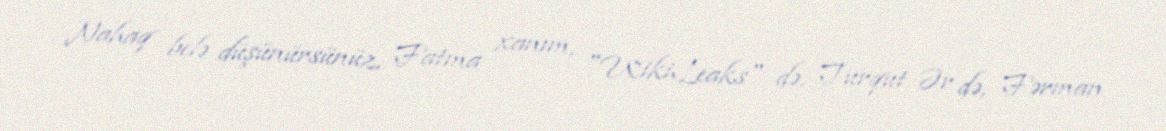
Nahaq belə düşünürsünüz, Fatma xanım, "WikiLeaks" də, Turqut Ər də, Fərman